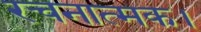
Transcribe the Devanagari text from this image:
रचनात्मक।